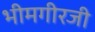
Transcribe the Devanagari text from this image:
भीमगीरजी